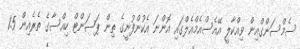
ސެމްސަންގްއިން ވިއްކާލީ އޭއެސްއެމްއެލްގައި އޮންނަ އެކުންފުނީގެ ތިން ޕަސަންޓް ހިއްސާގެ ތެރެއިން 1.5